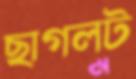
ছাগলট